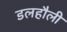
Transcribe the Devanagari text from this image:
डलहौली